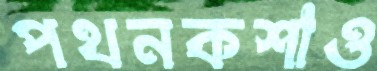
পথনকশাও